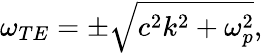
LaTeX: \omega_{TE}=\pm\sqrt{c^{2}k^{2}+\omega_{p}^{2}},